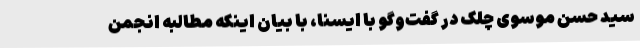
سید حسن موسوی چلک در گفت‌وگو با ایسنا، با بیان اینکه مطالبه انجمن